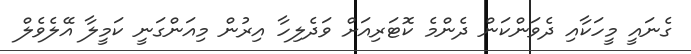
ގެނައީ މީހަކާއި ދެވަންކަން ދެންމެ ކޮޓަރިއަށް ވަދެލިހާ އިރުން މިއަންގަނީ ކަމީލާ އޭލެވެލް